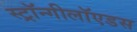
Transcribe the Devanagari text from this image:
स्ट्रॉन्गीलॉएडस